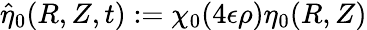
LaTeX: \hat{\eta}_{0}(R,Z,t):=\chi_{0}(4\epsilon\rho)\eta_{0}(R,Z)